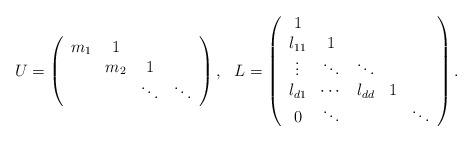
LaTeX: \begin{align*}U=\left( \begin{array}{cccc}m_{1} & 1 & & \\ & m_{2} & 1 & \\ & & \ddots & \ddots\end{array}\right) ,\ \ L=\left( \begin{array}{ccccc}1 & & & & \\ l_{11} & 1 & & & \\ \vdots & \ddots & \multicolumn{1}{l}{\ddots} & \multicolumn{1}{l}{} & \\ l_{d1} & \cdots & l_{dd} & 1 & \\ 0 & \ddots & & & \ddots\end{array}\right) . \end{align*}